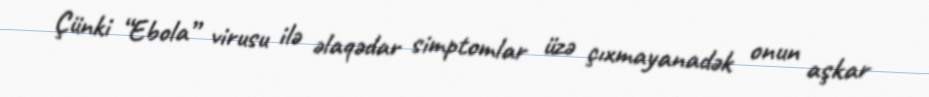
Çünki “Ebola” virusu ilə əlaqədar simptomlar üzə çıxmayanadək onun aşkar